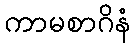
ကာမစာဂိနံ